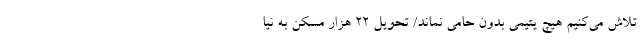
تلاش می‌کنیم هیچ یتیمی بدون حامی نماند/ تحویل ۲۲ هزار مسکن به نیا